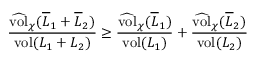
\frac { \widehat { \mathrm { v o l } } _ { \chi } ( \overline { L } _ { 1 } + \overline { L } _ { 2 } ) } { \mathrm { v o l } ( L _ { 1 } + L _ { 2 } ) } \geq \frac { \widehat { \mathrm { v o l } } _ { \chi } ( \overline { L } _ { 1 } ) } { \mathrm { v o l } ( L _ { 1 } ) } + \frac { \widehat { \mathrm { v o l } } _ { \chi } ( \overline { L } _ { 2 } ) } { \mathrm { v o l } ( L _ { 2 } ) }